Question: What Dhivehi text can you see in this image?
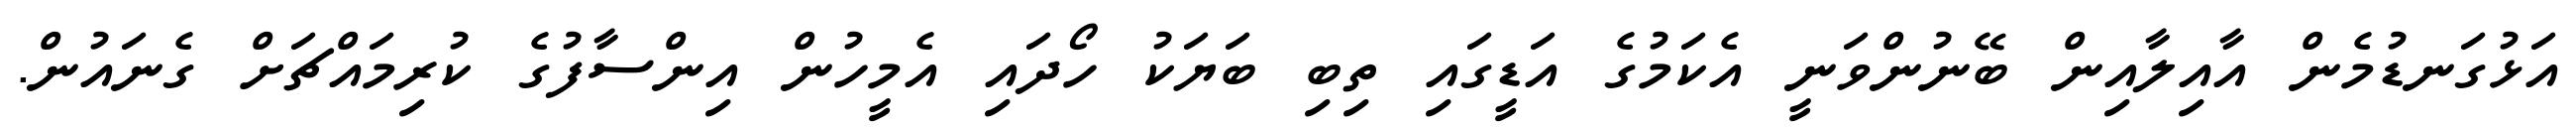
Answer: އަޅުގަނޑުމެން އާއިލާއިން ބޭނުންވަނީ އެކަމުގެ އަޑީގައި ތިބި ބަޔަކު ހޯދައި އެމީހުން އިންސާފުގެ ކުރިމައްޗަށް ގެނައުން.